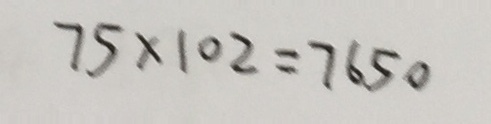
7 5 \times 1 0 2 = 7 6 5 0